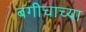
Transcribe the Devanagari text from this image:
बगीचाच्या